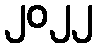
၂၀၂၂